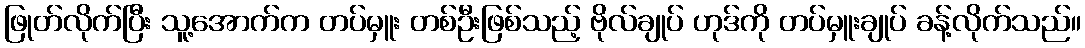
ဖြုတ်လိုက်ပြီး သူ့အောက်က တပ်မှူး တစ်ဦးဖြစ်သည့် ဗိုလ်ချုပ် ဟုဒ်ကို တပ်မှူးချုပ် ခန့်လိုက်သည်။